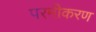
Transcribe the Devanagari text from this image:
परमीकरण